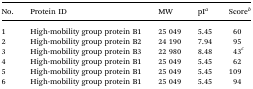
| No. | Protein ID | MW | pIa | Scoreb |
 | --- | --- | --- | --- | --- |
 | 1 | High-mobility group protein B1 | 25 049 | 5.45 | 60 |
 | 2 | High-mobility group protein B2 | 24 190 | 7.94 | 95 |
 | 3 | High-mobility group protein B3 | 22 980 | 8.48 | 43c |
 | 4 | High-mobility group protein B1 | 25 049 | 5.45 | 62 |
 | 5 | High-mobility group protein B1 | 25 049 | 5.45 | 109 |
 | 6 | High-mobility group protein B1 | 25 049 | 5.45 | 94 |